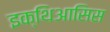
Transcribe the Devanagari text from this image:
इक्थिआसिस